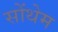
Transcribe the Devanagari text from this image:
सोंथेम